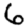
Digit: 6